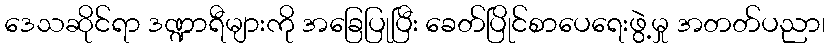
ဒေသဆိုင်ရာ ဒဏ္ဍာရီများကို အခြေပြုပြီး ခေတ်ပြိုင်စာပေရေးဖွဲ့မှု အတတ်ပညာ၊